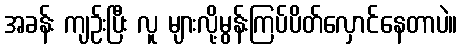
အခန်း ကျဉ်းပြီး လူ များလို့မွန်းကြပ်ပိတ်လှောင်နေတာပဲ။